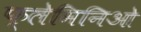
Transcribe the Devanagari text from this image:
फ्लेमिनिओ